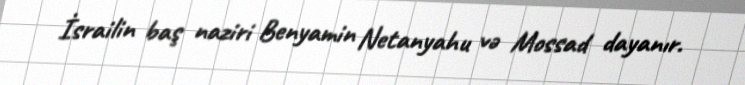
İsrailin baş naziri Benyamin Netanyahu və Mossad dayanır.